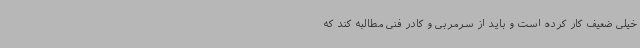
خیلی ضعیف کار کرده است و باید از سرمربی و کادر فنی مطالبه کند که